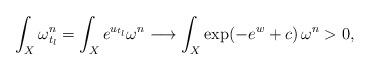
LaTeX: \begin{align*} \int_X \omega_{t_l}^n = \int_X e^{u_{t_l}} \omega^n \longrightarrow \int_X \exp(- e^w + c) \, \omega^n > 0,\end{align*}